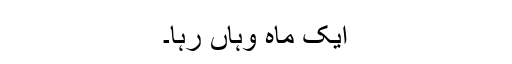
ایک ماہ وہاں رہا۔